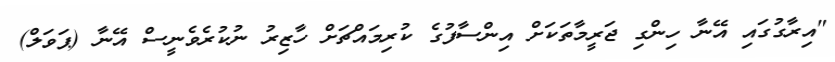
"އިރާގުގައި އޭނާ ހިންގި ޖަރީމާތަކަށް އިންސާފުގެ ކުރިމައްޗަށް ހާޒިރު ނުކުރެވެނީސް އޭނާ (ޕަވަލް)